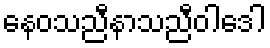
နေဝသညီနာသညီဝါဒေါ